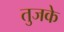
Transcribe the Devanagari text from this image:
तुजके